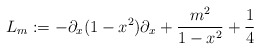
\begin{align*} L_m := -\partial_x(1-x^2)\partial_x + \frac{m^2}{1-x^2} + \frac{1}{4}\end{align*}